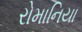
રોમાનિયા